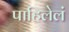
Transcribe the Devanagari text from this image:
पाहिलेलं